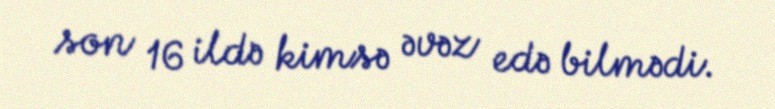
son 16 ildə kimsə əvəz edə bilmədi.